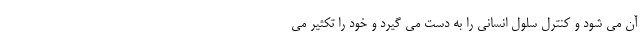
آن می شود و کنترل سلول انسانی را به دست می گیرد و خود را تکثیر می